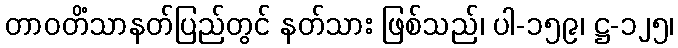
တာဝတိံသာနတ်ပြည်တွင် နတ်သား ဖြစ်သည်၊ ပါ-၁၅၉၊ ဋ္ဌ-၁၂၅၊